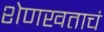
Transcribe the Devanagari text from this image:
शेणखताचं